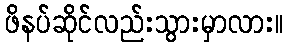
ဖိနပ်ဆိုင်လည်းသွားမှာလား။